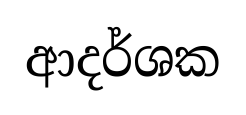
ආදර්ශක